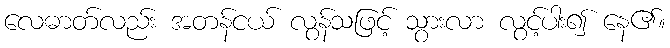
လေဓာတ်လည်း အတန်ငယ် လွန်သဖြင့် သွားလာ လွင့်ပါး၍ နေ၏။